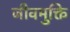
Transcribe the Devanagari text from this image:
जीवमुक्ति